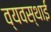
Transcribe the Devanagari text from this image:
व्यवस्थाई